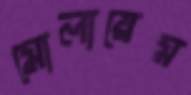
মোলায়েম